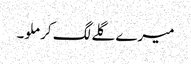
میرے گلے لگ کر ملو۔